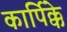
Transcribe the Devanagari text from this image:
कार्पिक्के